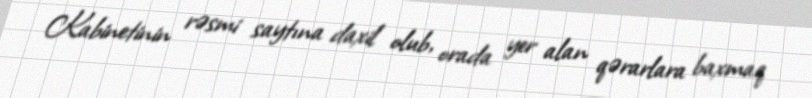
Kabinetinin rəsmi saytına daxil olub, orada yer alan qərarlara baxmaq